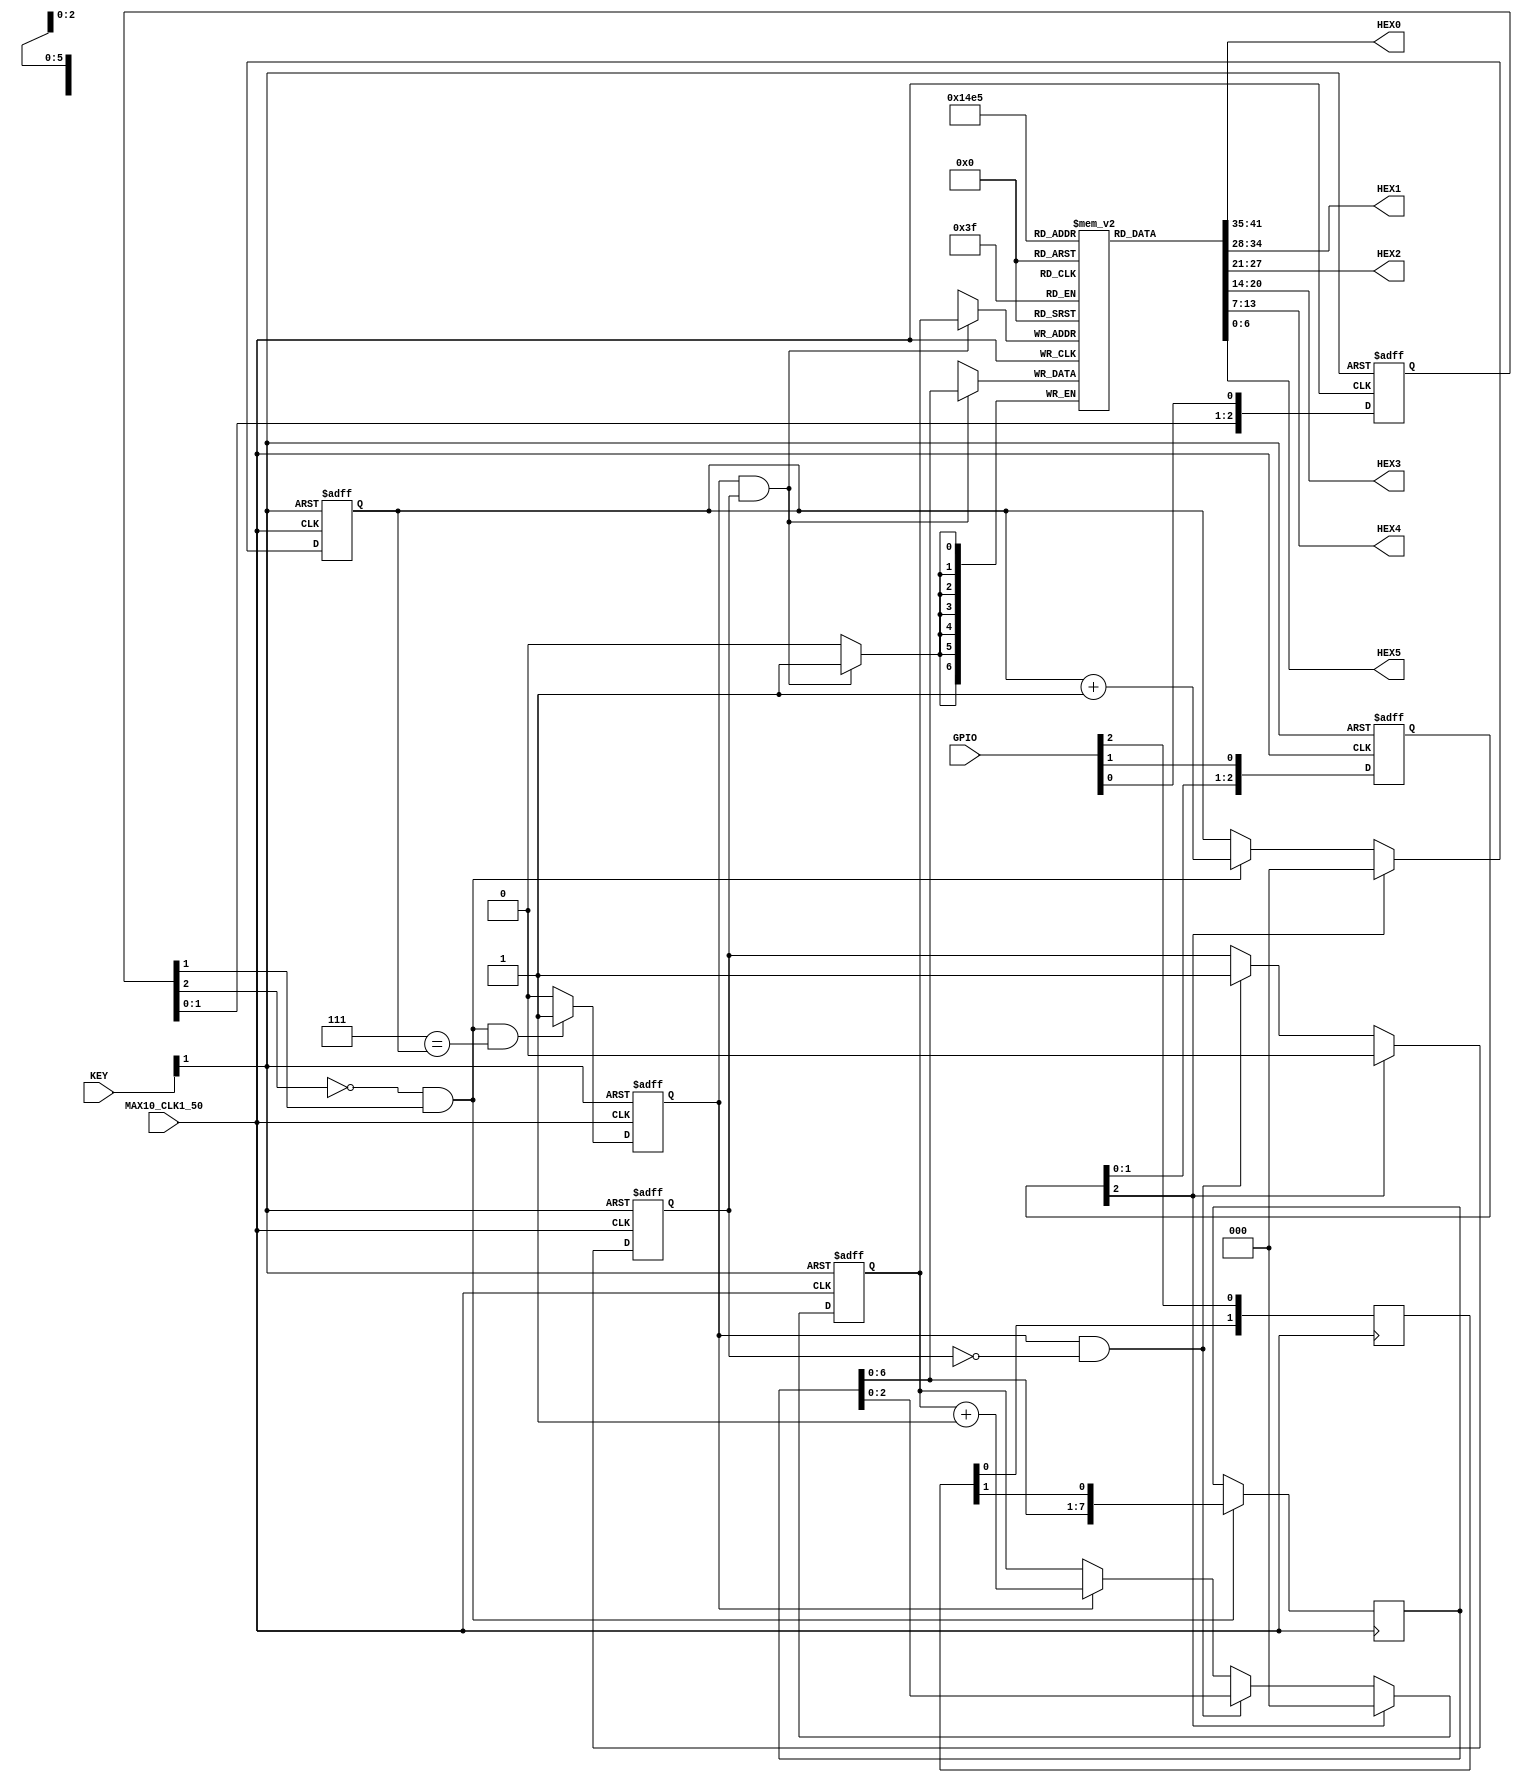
module spi_7seg_controller(MAX10_CLK1_50, 
                            GPIO, 
                            KEY, 
                            HEX0, 
                            HEX1, 
                            HEX2, 
                            HEX3, 
                            HEX4, 
                            HEX5
                            );

input           MAX10_CLK1_50;
input   [35:0]  GPIO;
input   [1:0]   KEY;
output  [6:0]   HEX0, HEX1, HEX2, HEX3, HEX4, HEX5;

wire    sys_clk     = MAX10_CLK1_50;
wire    sys_rst_n   = KEY[1];

wire    spi_sck     = GPIO[0];
wire    spi_cs      = GPIO[1];
wire    spi_mosi    = GPIO[2];

wire    sck_rs_edg;
wire    tr_cmplt;

reg     [7:0]   spi_dat_ff;

reg     [2:0]   sck_sync_ff;
reg     [2:0]   cs_sync_ff;
reg     [1:0]   mosi_sync_ff;   

reg             ctrl_or_data_ff; // 0 -> waiting ctrl word (address, etc) 
                                 // 1 -> waiting data word

reg             spi_recv_byte_ff;

reg     [2:0]   cnt_ff;

reg     [2:0]   addr_ff;
reg     [6:0]   digits[5:0];

assign  HEX0 = digits[0];
assign  HEX1 = digits[1];
assign  HEX2 = digits[2];
assign  HEX3 = digits[3];
assign  HEX4 = digits[4];
assign  HEX5 = digits[5];

/******************************************************************************
*                           SPI old part                                      *
******************************************************************************/

assign    sck_rs_edg    = ~sck_sync_ff[2] & sck_sync_ff[1];
assign    tr_cmplt      = ~cs_sync_ff[2] & cs_sync_ff[1];

always @(posedge sys_clk, negedge sys_rst_n) begin
    if (~sys_rst_n)
        sck_sync_ff <= 3'b000;
    else
        sck_sync_ff <= {sck_sync_ff[1:0], spi_sck};
end 
    
always @(posedge sys_clk, negedge sys_rst_n) begin
    if (~sys_rst_n)
        cs_sync_ff <= 3'b111;
    else
        cs_sync_ff <= {cs_sync_ff[1:0], spi_cs};   
end    

always @(posedge sys_clk)
    mosi_sync_ff <= {mosi_sync_ff[0], spi_mosi}; 

always @(posedge sys_clk) begin
    if (sck_rs_edg)
        spi_dat_ff <= {spi_dat_ff[6:0], mosi_sync_ff[1]};
end

/******************************************************************************
*                           SPI new part                                      *
******************************************************************************/

always @(posedge sys_clk, negedge sys_rst_n) begin
    if (~sys_rst_n)
        cnt_ff <= 3'd0;
    else if (cs_sync_ff[2])
        cnt_ff <= 3'd0;
    else if (sck_rs_edg)
        cnt_ff <= cnt_ff + 1'b1;
end 

always @(posedge sys_clk, negedge sys_rst_n) begin
    if (~sys_rst_n)
        spi_recv_byte_ff <= 1'b0;
    else if (sck_rs_edg & (3'd7 == cnt_ff) )
        spi_recv_byte_ff <= 1'b1;
    else
        spi_recv_byte_ff <= 1'b0;
end 

always @(posedge sys_clk, negedge sys_rst_n) begin
    if (~sys_rst_n)
        ctrl_or_data_ff <= 1'b0;
    else if (cs_sync_ff[2])
        ctrl_or_data_ff <= 1'b0;
    else if (spi_recv_byte_ff & ~ctrl_or_data_ff )
        ctrl_or_data_ff <= 1'b1;
end 

always @(posedge sys_clk, negedge sys_rst_n) begin
    if (~sys_rst_n)
        addr_ff <= 3'd0;
    else if (cs_sync_ff[2])
        addr_ff <= 3'd0;
    else if (spi_recv_byte_ff & ~ctrl_or_data_ff )
        addr_ff <= spi_dat_ff[2:0];
    else if (spi_recv_byte_ff)
        addr_ff <= addr_ff + 1'b1;
end 

always @(posedge sys_clk) begin
    if (spi_recv_byte_ff & ctrl_or_data_ff)
        digits[addr_ff] <= spi_dat_ff[6:0];
end 
        
endmodule